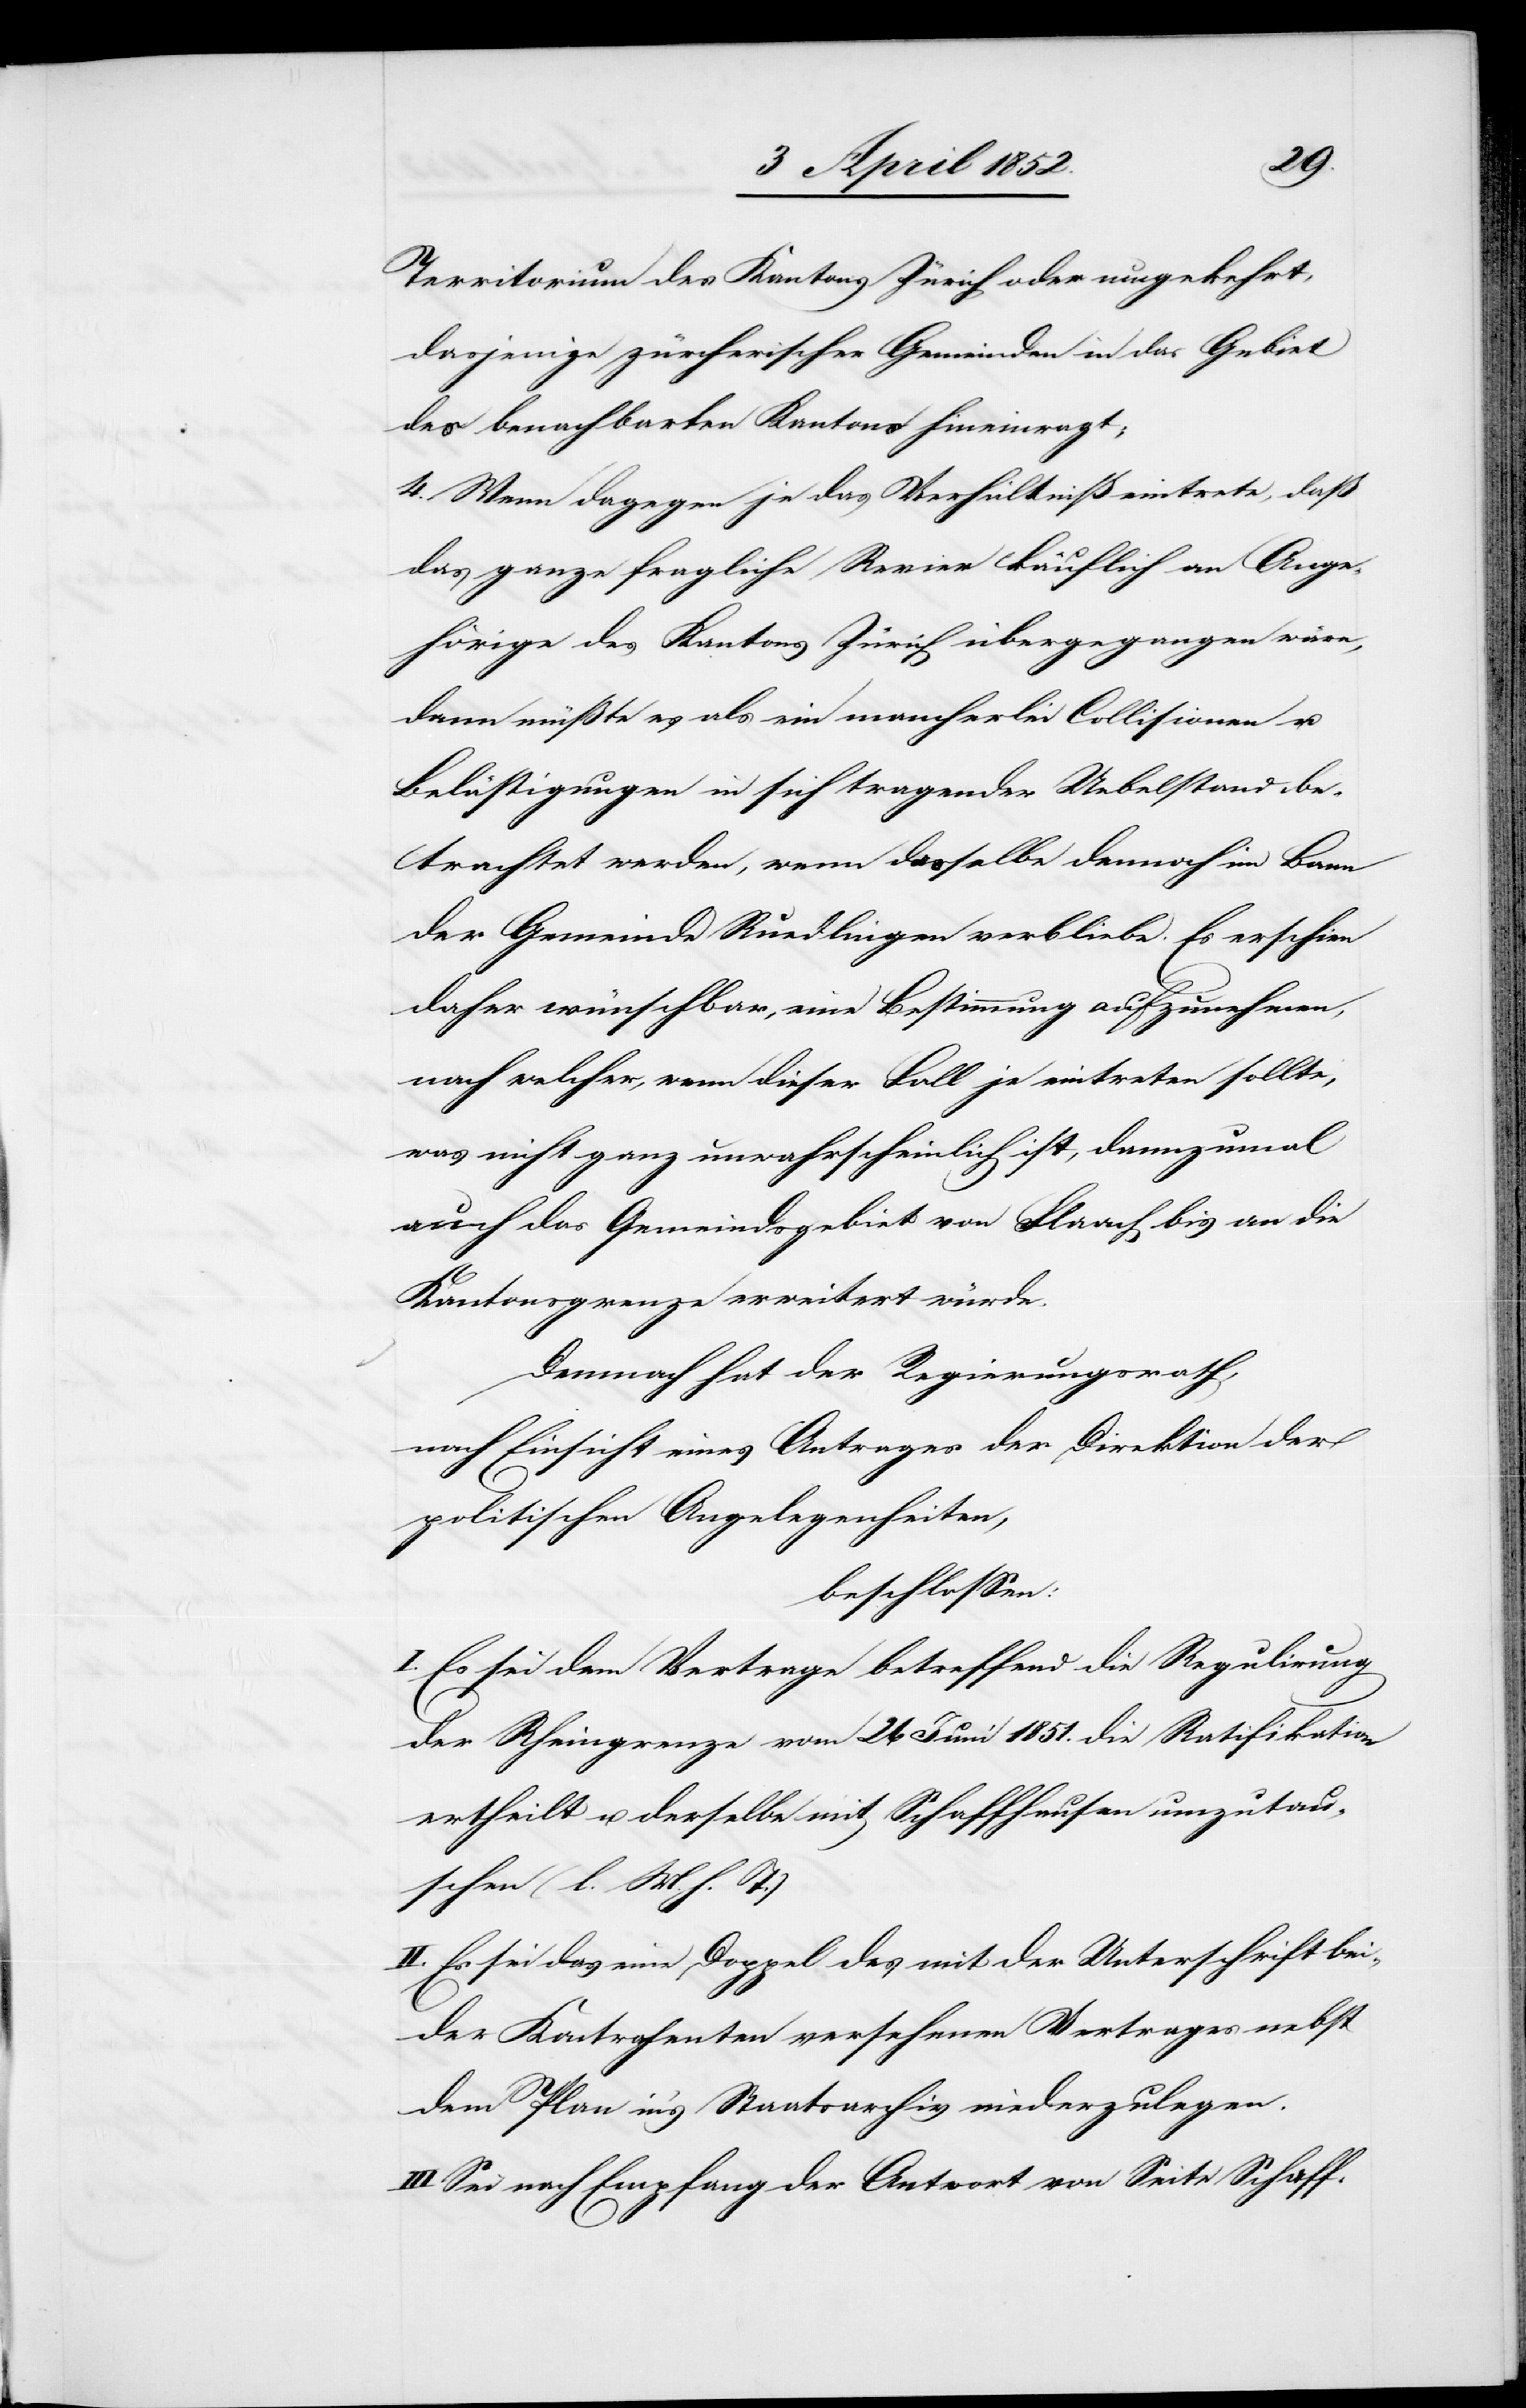
Territorium des Kantons Zürich oder umgekehrt,
dasjenige zürcherischer Gemeinden in das Gebiet
des benachbarten Kantons hineinragt;
4. Wenn dagegen je das Verhältniß eintrete, daß
das ganze fragliche Revier käuflich an Ange¬
hörige des Kantons Zürich übergegangen wäre,
dann müßte es als ein mancherlei Collisionen u.
Belästigungen in sich tragender Uebelstand be¬
trachtet werden, wenn dasselbe dennoch im Bann
der Gemeinde Ruedlingen verbliebe. Es erschien
daher wünschbar, eine Bestimmung aufzunehmen,
nach welcher, wenn dieser Fall je eintreten sollte,
was nicht ganz unwahrscheinlich ist, dannzumal
auch das Gemeindsgebiet von Flaach bis an die
Kantonsgrenze erweitert würde.
Demnach hat der Regierungsrath,
nach Einsicht eines Antrages der Direktion der
politischen Angelegenheiten,
beschlossen:
I. Es sei dem Vertrage betreffend die Regulirung
der Rheingrenze vom 26 Juni 1851. die Ratifikation
ertheilt u. derselbe mit Schaffhausen umzutau¬
schen (l. M. h. T.)
II. Es sei das eine Doppel des mit der Unterschrift bei¬
der Kontrahenten versehenen Vertrages nebst
dem Plan in’s Staatsarchiv niederzulegen.
Sei nach Empfang der Antwort von Seite Schaff-